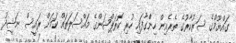
ގައްޔޫމްގެ ސަރުކާރުގެ ތެރެއިން ހިންްގާފައި ހުރި ކޮރަޕްޝަންގެ މައްސަލަތައް ކަމަށް ރައީސް ނަޝީދު